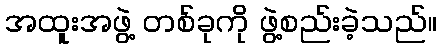
အထူးအဖွဲ့ တစ်ခုကို ဖွဲ့စည်းခဲ့သည်။